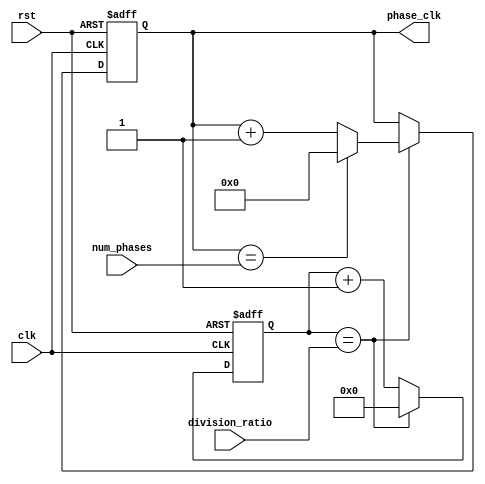
module multi_phase_clock_divider(
    input wire clk,
    input wire rst,
    input wire [7:0] division_ratio,
    input wire [3:0] num_phases,
    output reg [3:0] phase_clk
);

reg [7:0] counter;

always @ (posedge clk or posedge rst) begin
    if (rst) begin
        counter <= 8'h0;
        phase_clk <= 4'b0000;
    end else begin
        if (counter == division_ratio) begin
            counter <= 8'h0;
            phase_clk <= phase_clk + 1;
            if (phase_clk == num_phases) begin
                phase_clk <= 4'b0000;
            end
        end else begin
            counter <= counter + 1;
        end
    end
end

endmodule